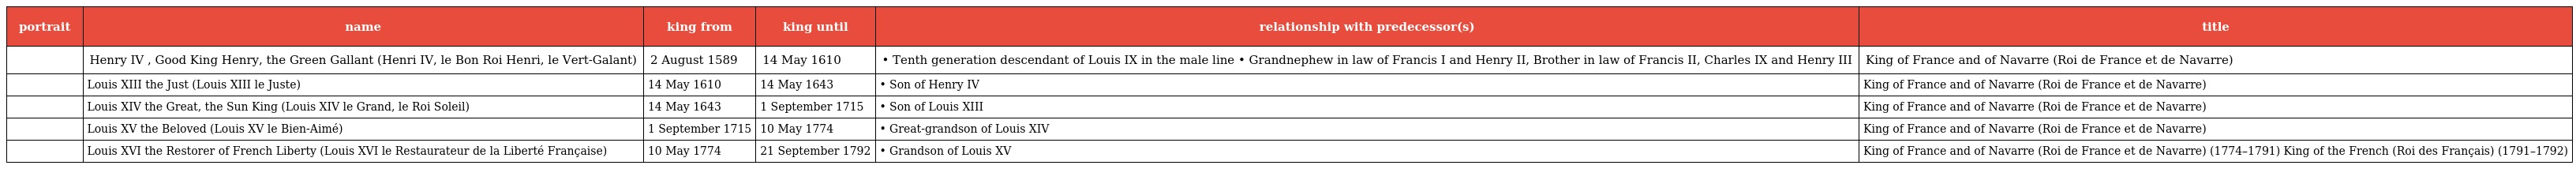
| portrait | name | king from | king until | relationship with predecessor(s) | title |
 | --- | --- | --- | --- | --- | --- |
 |  | Henry IV , Good King Henry, the Green Gallant (Henri IV, le Bon Roi Henri, le Vert-Galant) | 2 August 1589 | 14 May 1610 | • Tenth generation descendant of Louis IX in the male line • Grandnephew in law of Francis I and Henry II, Brother in law of Francis II, Charles IX and Henry III | King of France and of Navarre (Roi de France et de Navarre) |
 |  | Louis XIII the Just (Louis XIII le Juste) | 14 May 1610 | 14 May 1643 | • Son of Henry IV | King of France and of Navarre (Roi de France et de Navarre) |
 |  | Louis XIV the Great, the Sun King (Louis XIV le Grand, le Roi Soleil) | 14 May 1643 | 1 September 1715 | • Son of Louis XIII | King of France and of Navarre (Roi de France et de Navarre) |
 |  | Louis XV the Beloved (Louis XV le Bien-Aimé) | 1 September 1715 | 10 May 1774 | • Great-grandson of Louis XIV | King of France and of Navarre (Roi de France et de Navarre) |
 |  | Louis XVI the Restorer of French Liberty (Louis XVI le Restaurateur de la Liberté Française) | 10 May 1774 | 21 September 1792 | • Grandson of Louis XV | King of France and of Navarre (Roi de France et de Navarre) (1774–1791) King of the French (Roi des Français) (1791–1792) |